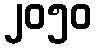
၂၀၅၀